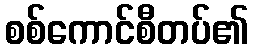
စစ်ကောင်စီတပ်၏